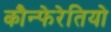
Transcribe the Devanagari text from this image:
कौन्फेरेतियो